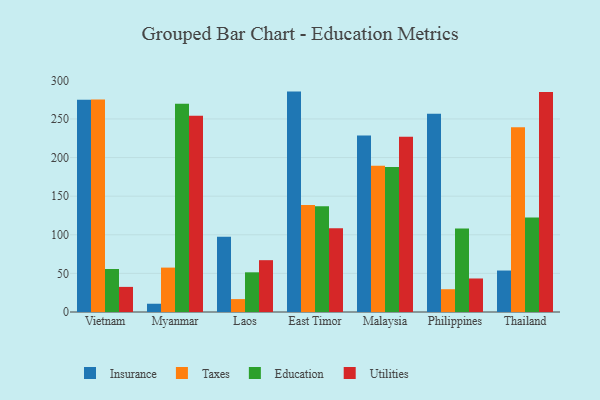
{"axis": {"x": "Country", "y": "Conversion Rate (%)"}, "legend": ["Education", "Insurance", "Taxes", "Utilities"], "data": [{"x": "Vietnam", "y": 275.0, "type": "Insurance"}, {"x": "Vietnam", "y": 275.2, "type": "Taxes"}, {"x": "Vietnam", "y": 55.7, "type": "Education"}, {"x": "Vietnam", "y": 32.5, "type": "Utilities"}, {"x": "Myanmar", "y": 10.7, "type": "Insurance"}, {"x": "Myanmar", "y": 57.5, "type": "Taxes"}, {"x": "Myanmar", "y": 269.7, "type": "Education"}, {"x": "Myanmar", "y": 254.0, "type": "Utilities"}, {"x": "Laos", "y": 97.6, "type": "Insurance"}, {"x": "Laos", "y": 16.7, "type": "Taxes"}, {"x": "Laos", "y": 51.4, "type": "Education"}, {"x": "Laos", "y": 67.1, "type": "Utilities"}, {"x": "East Timor", "y": 285.4, "type": "Insurance"}, {"x": "East Timor", "y": 138.5, "type": "Taxes"}, {"x": "East Timor", "y": 136.9, "type": "Education"}, {"x": "East Timor", "y": 108.5, "type": "Utilities"}, {"x": "Malaysia", "y": 228.6, "type": "Insurance"}, {"x": "Malaysia", "y": 189.3, "type": "Taxes"}, {"x": "Malaysia", "y": 187.7, "type": "Education"}, {"x": "Malaysia", "y": 227.0, "type": "Utilities"}, {"x": "Philippines", "y": 256.6, "type": "Insurance"}, {"x": "Philippines", "y": 29.5, "type": "Taxes"}, {"x": "Philippines", "y": 108.2, "type": "Education"}, {"x": "Philippines", "y": 43.4, "type": "Utilities"}, {"x": "Thailand", "y": 53.7, "type": "Insurance"}, {"x": "Thailand", "y": 239.1, "type": "Taxes"}, {"x": "Thailand", "y": 122.4, "type": "Education"}, {"x": "Thailand", "y": 284.9, "type": "Utilities"}]}